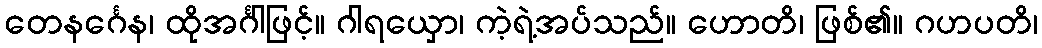
တေနင်္ဂေန၊ ထိုအင်္ဂါဖြင့်။ ဂါရယှော၊ ကဲ့ရဲ့အပ်သည်။ ဟောတိ၊ ဖြစ်၏။ ဂဟပတိ၊